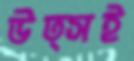
উত্সই